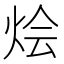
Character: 烩